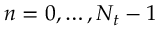
n = 0 , \dots , N _ { t } - 1